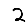
Digit: 2